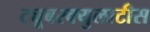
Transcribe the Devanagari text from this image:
ट्यूबरक्युलाटीस